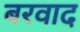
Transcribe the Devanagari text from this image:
बरवाद